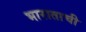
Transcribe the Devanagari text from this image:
भाराताची